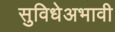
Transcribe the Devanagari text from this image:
सुविधेअभावी